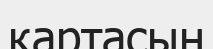
қартасын